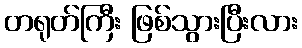
တရုတ်ကြီး ဖြစ်သွားပြီးလား